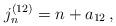
LaTeX: \begin{align*}j_n^{(12)}=n+a_{12}\,, \end{align*}